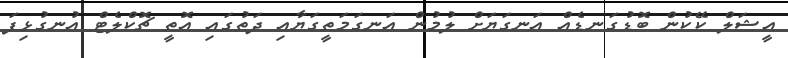
އީޝަލް ކޭކުން ބޮޑުގަނޑެއް އަނގަޔަށް ލުމުން އަނގަމަތީގަޔާއި ދަތުގައި އޮތީ ޗޮކްލެޓް އުނގުޅިފަ